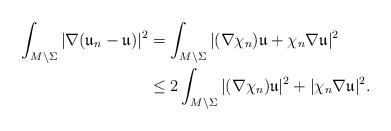
LaTeX: \begin{align*}\int_{M\setminus\Sigma}|\nabla(\mathfrak{u}_n-\mathfrak{u})|^2&=\int_{M\setminus\Sigma}|(\nabla\chi_n)\mathfrak{u}+\chi_n\nabla\mathfrak{u}|^2\\&\leq 2\int_{M\setminus\Sigma}|(\nabla\chi_n)\mathfrak{u}|^2+|\chi_n\nabla\mathfrak{u}|^2.\end{align*}